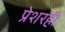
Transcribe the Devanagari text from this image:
प्रेशरही